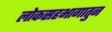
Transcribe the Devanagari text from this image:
लोकसहभागातुन